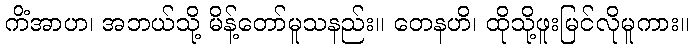
ကိံအာဟ၊ အဘယ်သို့ မိန့်တော်မူသနည်း။ တေနဟိ၊ ထိုသို့ဖူးမြင်လိုမူကား။